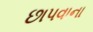
છાપવાના